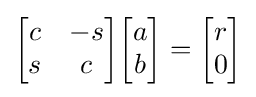
{\begin{bmatrix}c&-s\\s&c\end{bmatrix}}{\begin{bmatrix}a\\b\end{bmatrix}}={\begin{bmatrix}r\\0\end{bmatrix}}